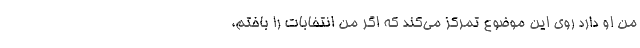
من او دارد روی این موضوع تمرکز می‌کند که اگر من انتخابات را باختم،